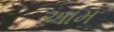
અામ